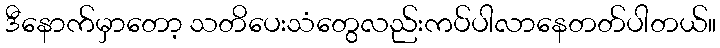
ဒီနောက်မှာတော့ သတိပေးသံတွေလည်းကပ်ပါလာနေတတ်ပါတယ်။